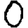
Digit: 0